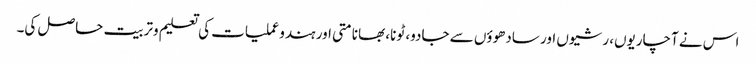
اس نے آچاریوں، رشیوں اور سادھوؤں سے جادو، ٹونا، بھانامتی اور ہندوعملیات کی تعلیم وتربیت حاصل کی۔